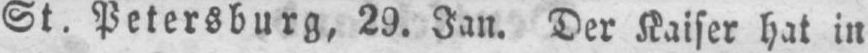
St. Petersburg, 29. Jan. Der Kaiser hat in